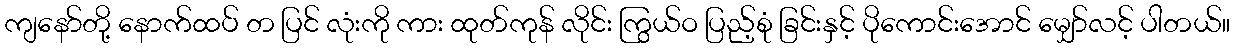
ကျနော်တို့ နောက်ထပ် တ ပြင် လုံးကို ကား ထုတ်ကုန် လိုင်း ကြွယ်ဝ ပြည့်စုံ ခြင်းနှင့် ပိုကောင်းအောင် မျှော်လင့် ပါတယ်။